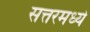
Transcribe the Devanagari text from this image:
सत्तरमध्ये